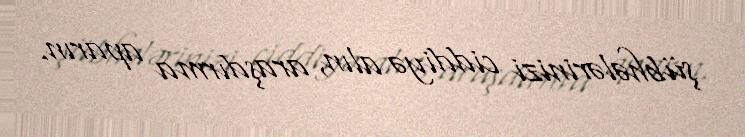
şübhələrinizi ciddiyə alın, araşdırma aparın.